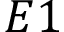
E 1